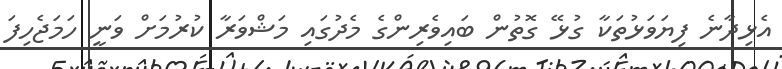
އެޅިދާނެ ފިޔަވަޅުތަކާ ގުޅޭ ގޮތުން ބައިވެރިންގެ މެދުގައި މަޝްވަރާ ކުރުމަށް ވަނީ ހަމަޖެހިފަ